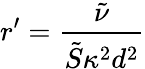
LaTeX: {r}^{\prime}=\frac{\tilde{\nu}}{\tilde{S}\kappa^{2}d^{2}}